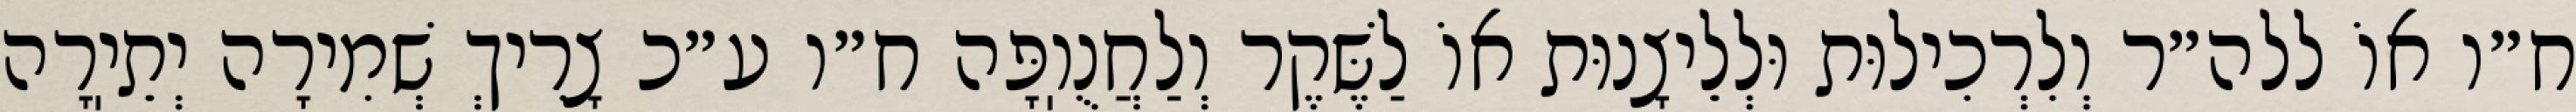
ח״ו אוֹ ללה״ר וְלִרְכִילוּת וּלְלֵיצָנוּת אוֹ לַשֶּׁקֶר וְלַחֲנֻוֽפָּה ח״ו ע״כ צָרִיךְ שְׁמִירָה יְתֵיֽרָה